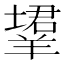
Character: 𬙹